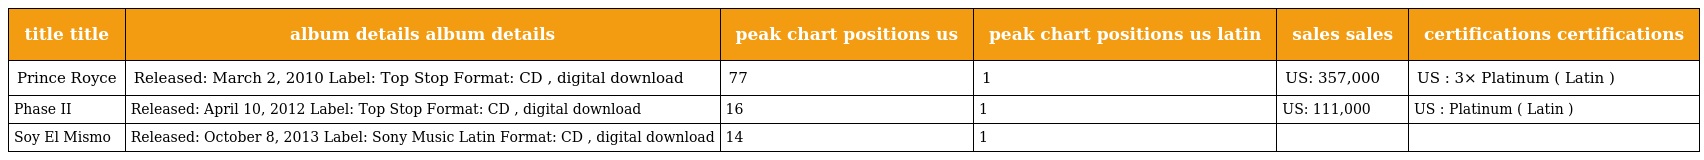
| title title | album details album details | peak chart positions us | peak chart positions us latin | sales sales | certifications certifications |
 | --- | --- | --- | --- | --- | --- |
 | Prince Royce | Released: March 2, 2010 Label: Top Stop Format: CD , digital download | 77 | 1 | US: 357,000 | US : 3× Platinum ( Latin ) |
 | Phase II | Released: April 10, 2012 Label: Top Stop Format: CD , digital download | 16 | 1 | US: 111,000 | US : Platinum ( Latin ) |
 | Soy El Mismo | Released: October 8, 2013 Label: Sony Music Latin Format: CD , digital download | 14 | 1 |  |  |